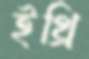
ইথ্রি